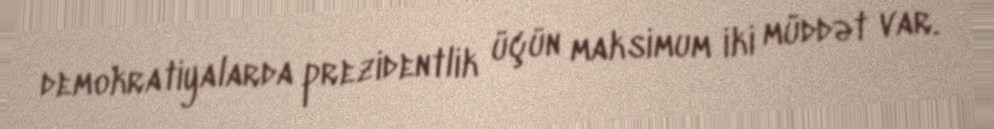
demokratiyalarda prezidentlik üçün maksimum iki müddət var.